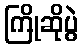
ကြိုဆိုပွဲ